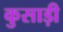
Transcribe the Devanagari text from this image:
कुसाड़ी